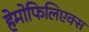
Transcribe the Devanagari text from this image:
हेमोफिलिएक्स